Investigations on Bengal jail dietaries - Number 37
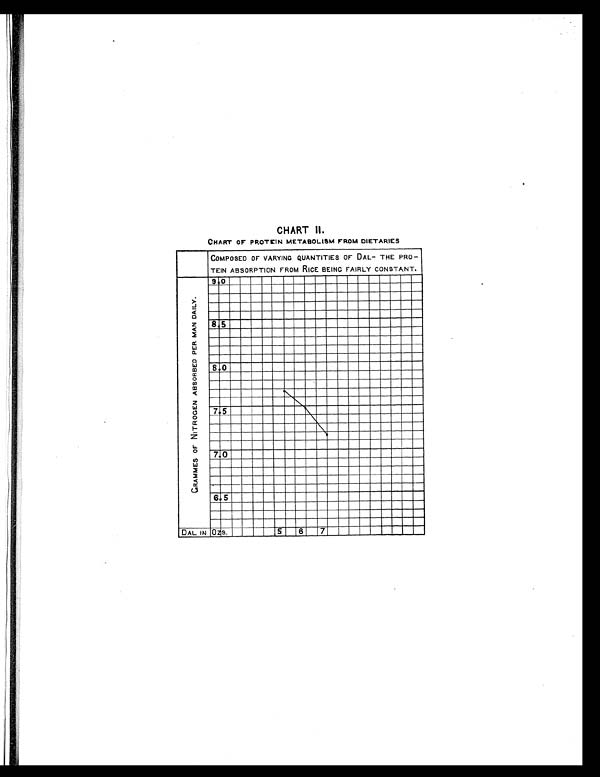
CHART II.
CHART OF PROTEIN METABOLISM FROM DIETARIES